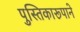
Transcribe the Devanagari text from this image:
पुस्तिकारूपाने